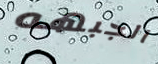
الجبهه